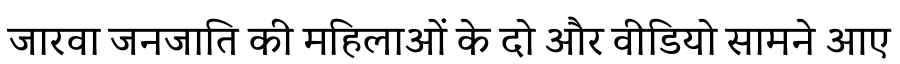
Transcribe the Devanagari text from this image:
जारवा जनजाति की महिलाओं के दो और वीडियो सामने आए